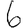
Digit: 6